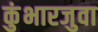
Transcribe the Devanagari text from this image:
कुंभारजुवा